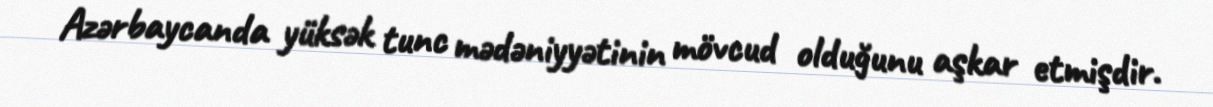
Azərbaycanda yüksək tunc mədəniyyətinin mövcud olduğunu aşkar etmişdir.